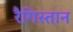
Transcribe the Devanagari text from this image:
रैगिस्तान